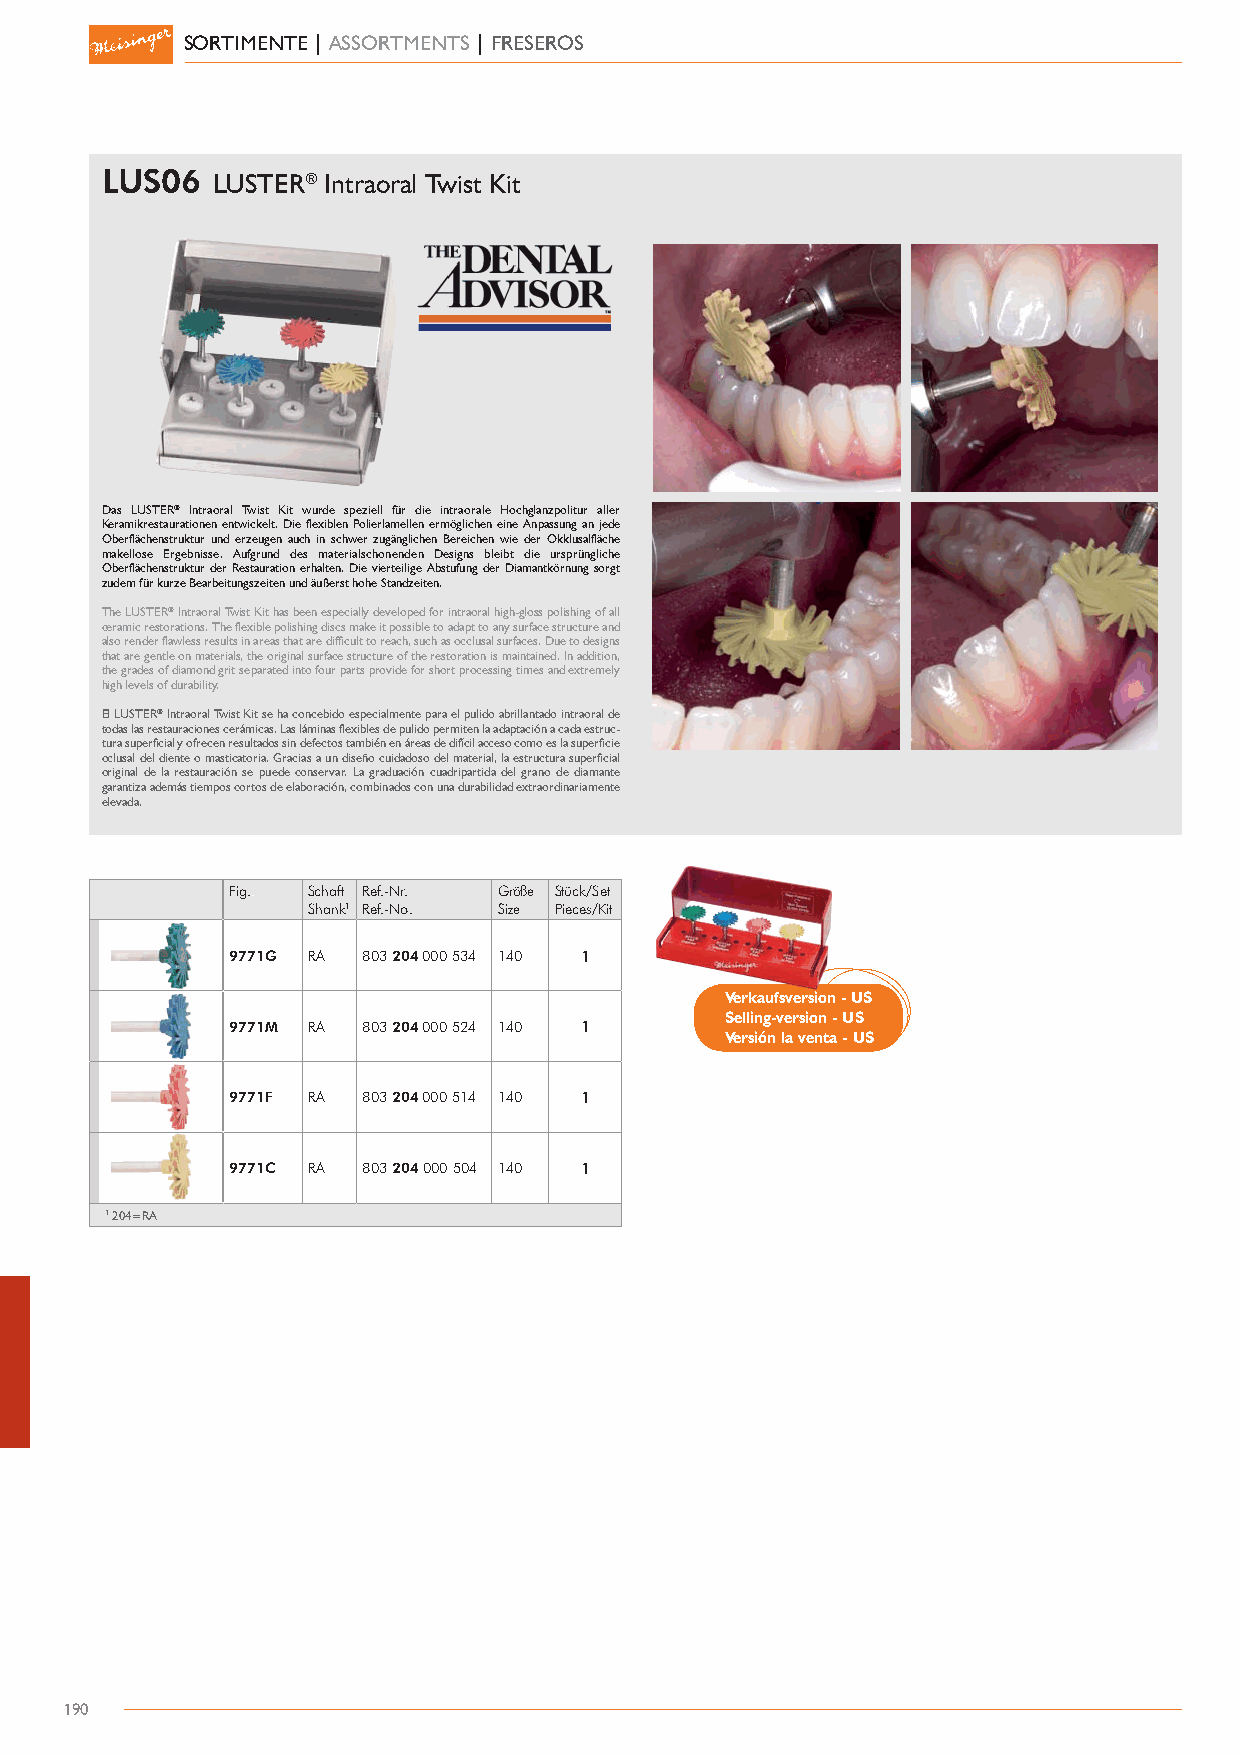
SORTIMENTE | ASSORTMENTS | FRESEROS
 LUS06  LUSTER® Intraoral Twist Kit
 Das LUSTER® Intraoral Twist Kit wurde speziell für die intraorale Hochglanzpolitur aller
 Keramikrestaurationen entwickelt. Die flexiblen Polierlamellen ermöglichen eine Anpassung an jede
 Oberflächenstruktur und erzeugen auch in schwer zugänglichen Bereichen wie der Okklusalfläche
 makellose Ergebnisse. Aufgrund des materialschonenden Designs bleibt die ursprüngliche
 Oberflächenstruktur der Restauration erhalten. Die vierteilige Abstufung der Diamantkörnung sorgt
 zudem für kurze Bearbeitungszeiten und äußerst hohe Standzeiten.
 The LUSTER® Intraoral Twist Kit has been especially developed for intraoral high-gloss polishing of all
 ceramic restorations. The flexible polishing discs make it possible to adapt to any surface structure and
 also render flawless results in areas that are difficult to reach, such as occlusal surfaces. Due to designs
 that are gentle on materials, the original surface structure of the restoration is maintained. In addition,
 the grades of diamond grit separated into four parts provide for short processing times and extremely
 high levels of durability.
 El LUSTER® Intraoral Twist Kit se ha concebido especialmente para el pulido abrillantado intraoral de
 todas las restauraciones cerámicas. Las láminas flexibles de pulido permiten la adaptación a cada estruc-
 tura superficial y ofrecen resultados sin defectos también en áreas de difícil acceso como es la superficie
 oclusal del diente o masticatoria. Gracias a un diseño cuidadoso del material, la estructura superficial
 original de la restauración se puede conservar. La graduación cuadripartida del grano de diamante
 garantiza además tiempos cortos de elaboración, combinados con una durabilidad extraordinariamente
 elevada.
 Fig.. Schaft Ref.-Nr. Größe Stück/Set
 Shank1 Ref.-No. Size Pieces/Kit
 9771G RA 803 204 000 534 140 1
 Verkaufsversion - US
 Selling-version - US
 9771M RA 803 204 000 524 140 1
 Versión la venta - US
 9771F RA 803 204 000 514 140 1
 9771C RA 803 204 000 504 140 1
 1 204=RA
 190